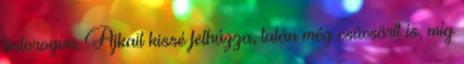
fintorogva. Ajkait kissé felhúzza, talán még csücsörít is, míg